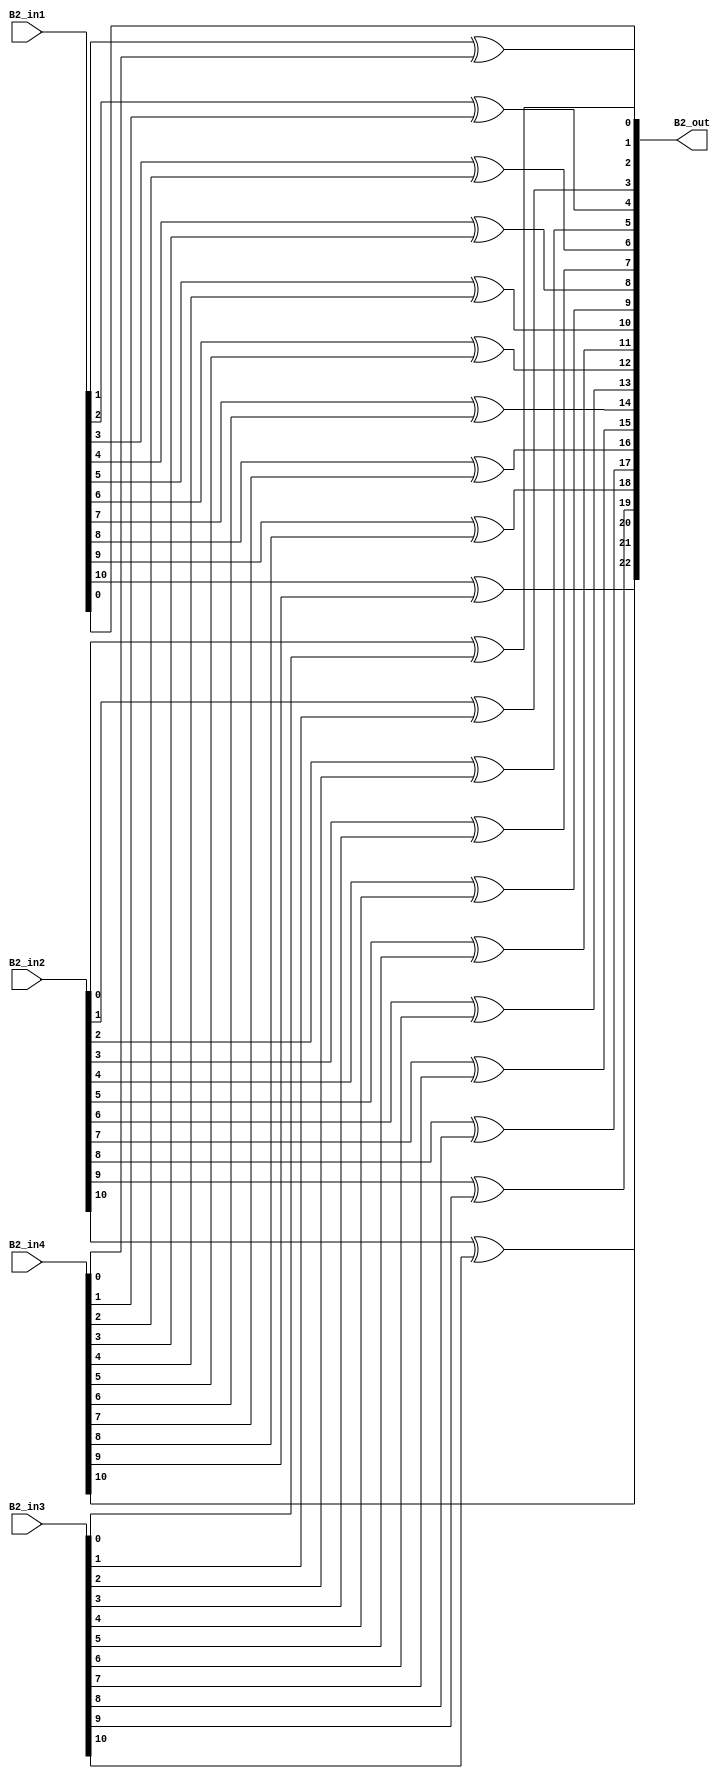
module overlap_module_11bit(
    B2_in1,
    B2_in2,
    B2_in3,
    B2_in4,
    B2_out
    );


parameter n = 12;

input [n-2:0] B2_in1;
input [n-2:0] B2_in2;
input [n-2:0] B2_in3;
input [n-2:0] B2_in4;

output [2*n-2:0] B2_out;

assign B2_out[0] = B2_in1[0];

assign B2_out[2] = B2_in1[1]^B2_in4[0];

assign B2_out[4] = B2_in1[2]^B2_in4[1];

assign B2_out[6] = B2_in1[3]^B2_in4[2];

assign B2_out[8] = B2_in1[4]^B2_in4[3];

assign B2_out[10] = B2_in1[5]^B2_in4[4];

assign B2_out[1] = B2_in2[0]^B2_in3[0];

assign B2_out[3] = B2_in2[1]^B2_in3[1];

assign B2_out[5] = B2_in2[2]^B2_in3[2];

assign B2_out[7] = B2_in2[3]^B2_in3[3];

assign B2_out[9] = B2_in2[4]^B2_in3[4];

assign B2_out[11] = B2_in2[5]^B2_in3[5];

assign B2_out[13] = B2_in2[6]^B2_in3[6];

assign B2_out[15] = B2_in2[7]^B2_in3[7];

assign B2_out[17] = B2_in2[8]^B2_in3[8];

assign B2_out[19] = B2_in2[9]^B2_in3[9];

assign B2_out[21] = B2_in2[10]^B2_in3[10];

assign B2_out[12] = B2_in1[6]^B2_in4[5];

assign B2_out[14] = B2_in1[7]^B2_in4[6];

assign B2_out[16] = B2_in1[8]^B2_in4[7];

assign B2_out[18] = B2_in1[9]^B2_in4[8];

assign B2_out[20] = B2_in1[10]^B2_in4[9];

assign B2_out[22] = B2_in4[10];

endmodule